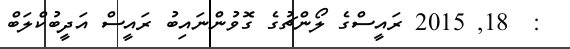
:  18